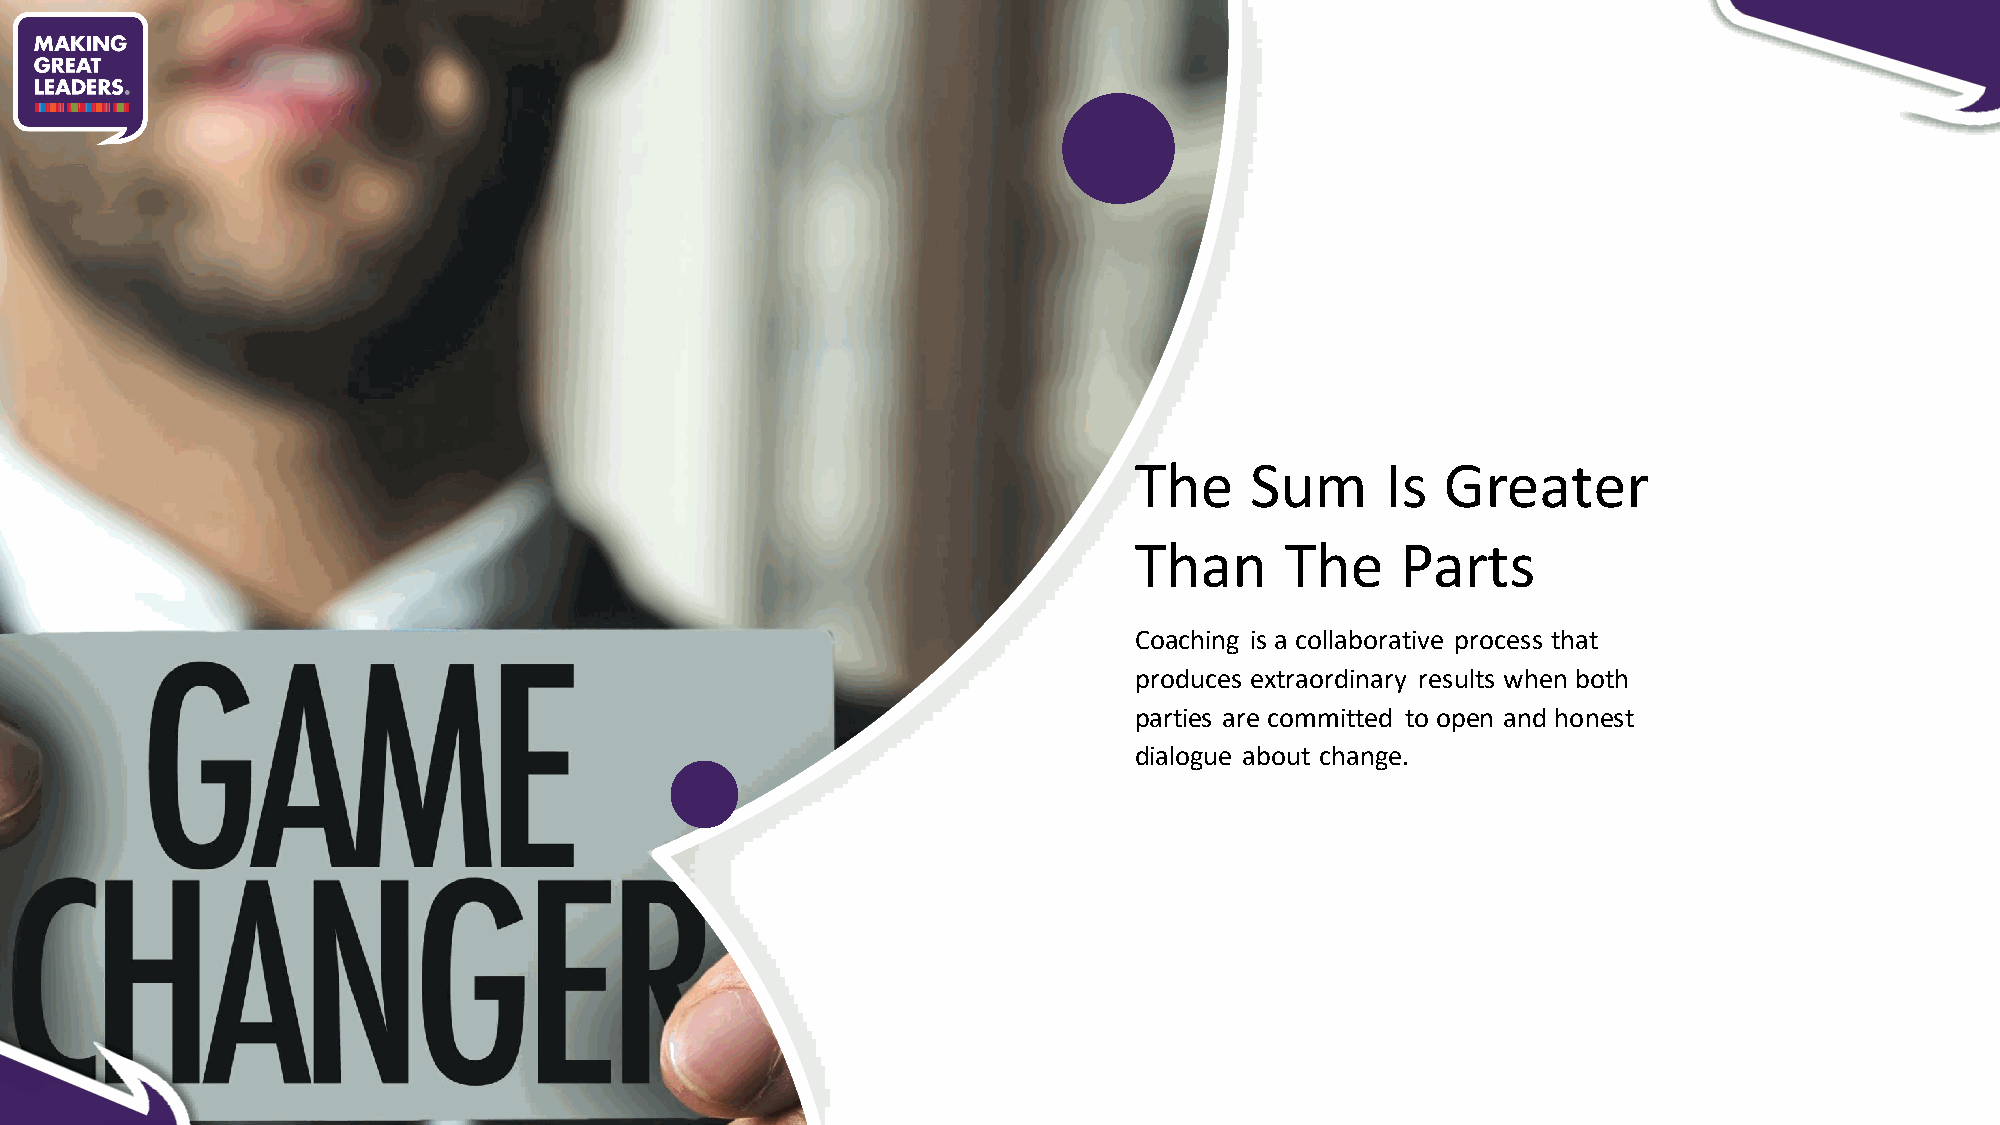
The     Sum      Is  Greater
 Than      The     Parts
 Coaching is a collaborative process that
 produces extraordinary results when both
 parties are committed to open and honest
 dialogue about change.